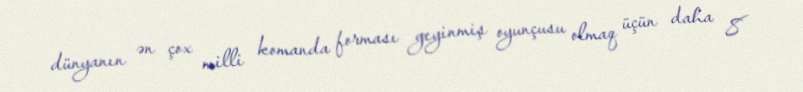
dünyanın ən çox milli komanda forması geyinmiş oyunçusu olmaq üçün daha 8